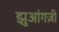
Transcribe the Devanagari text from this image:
झुआंगज़ी